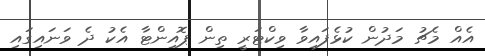
އެއް މެޗު މަދުން ކުޅެފައިވާ ވިކްޓަރީ ތިން ޕޮއިންޓާ އެކު ދެ ވަނައިގައި